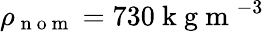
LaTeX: \rho_{\mathrm{~n~o~m~}}=730\mathrm{~k~g~m~}^{-3}